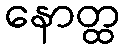
နောတ္ထ